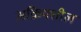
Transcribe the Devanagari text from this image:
अक्रियशील